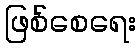
ဖြစ်စေရေး